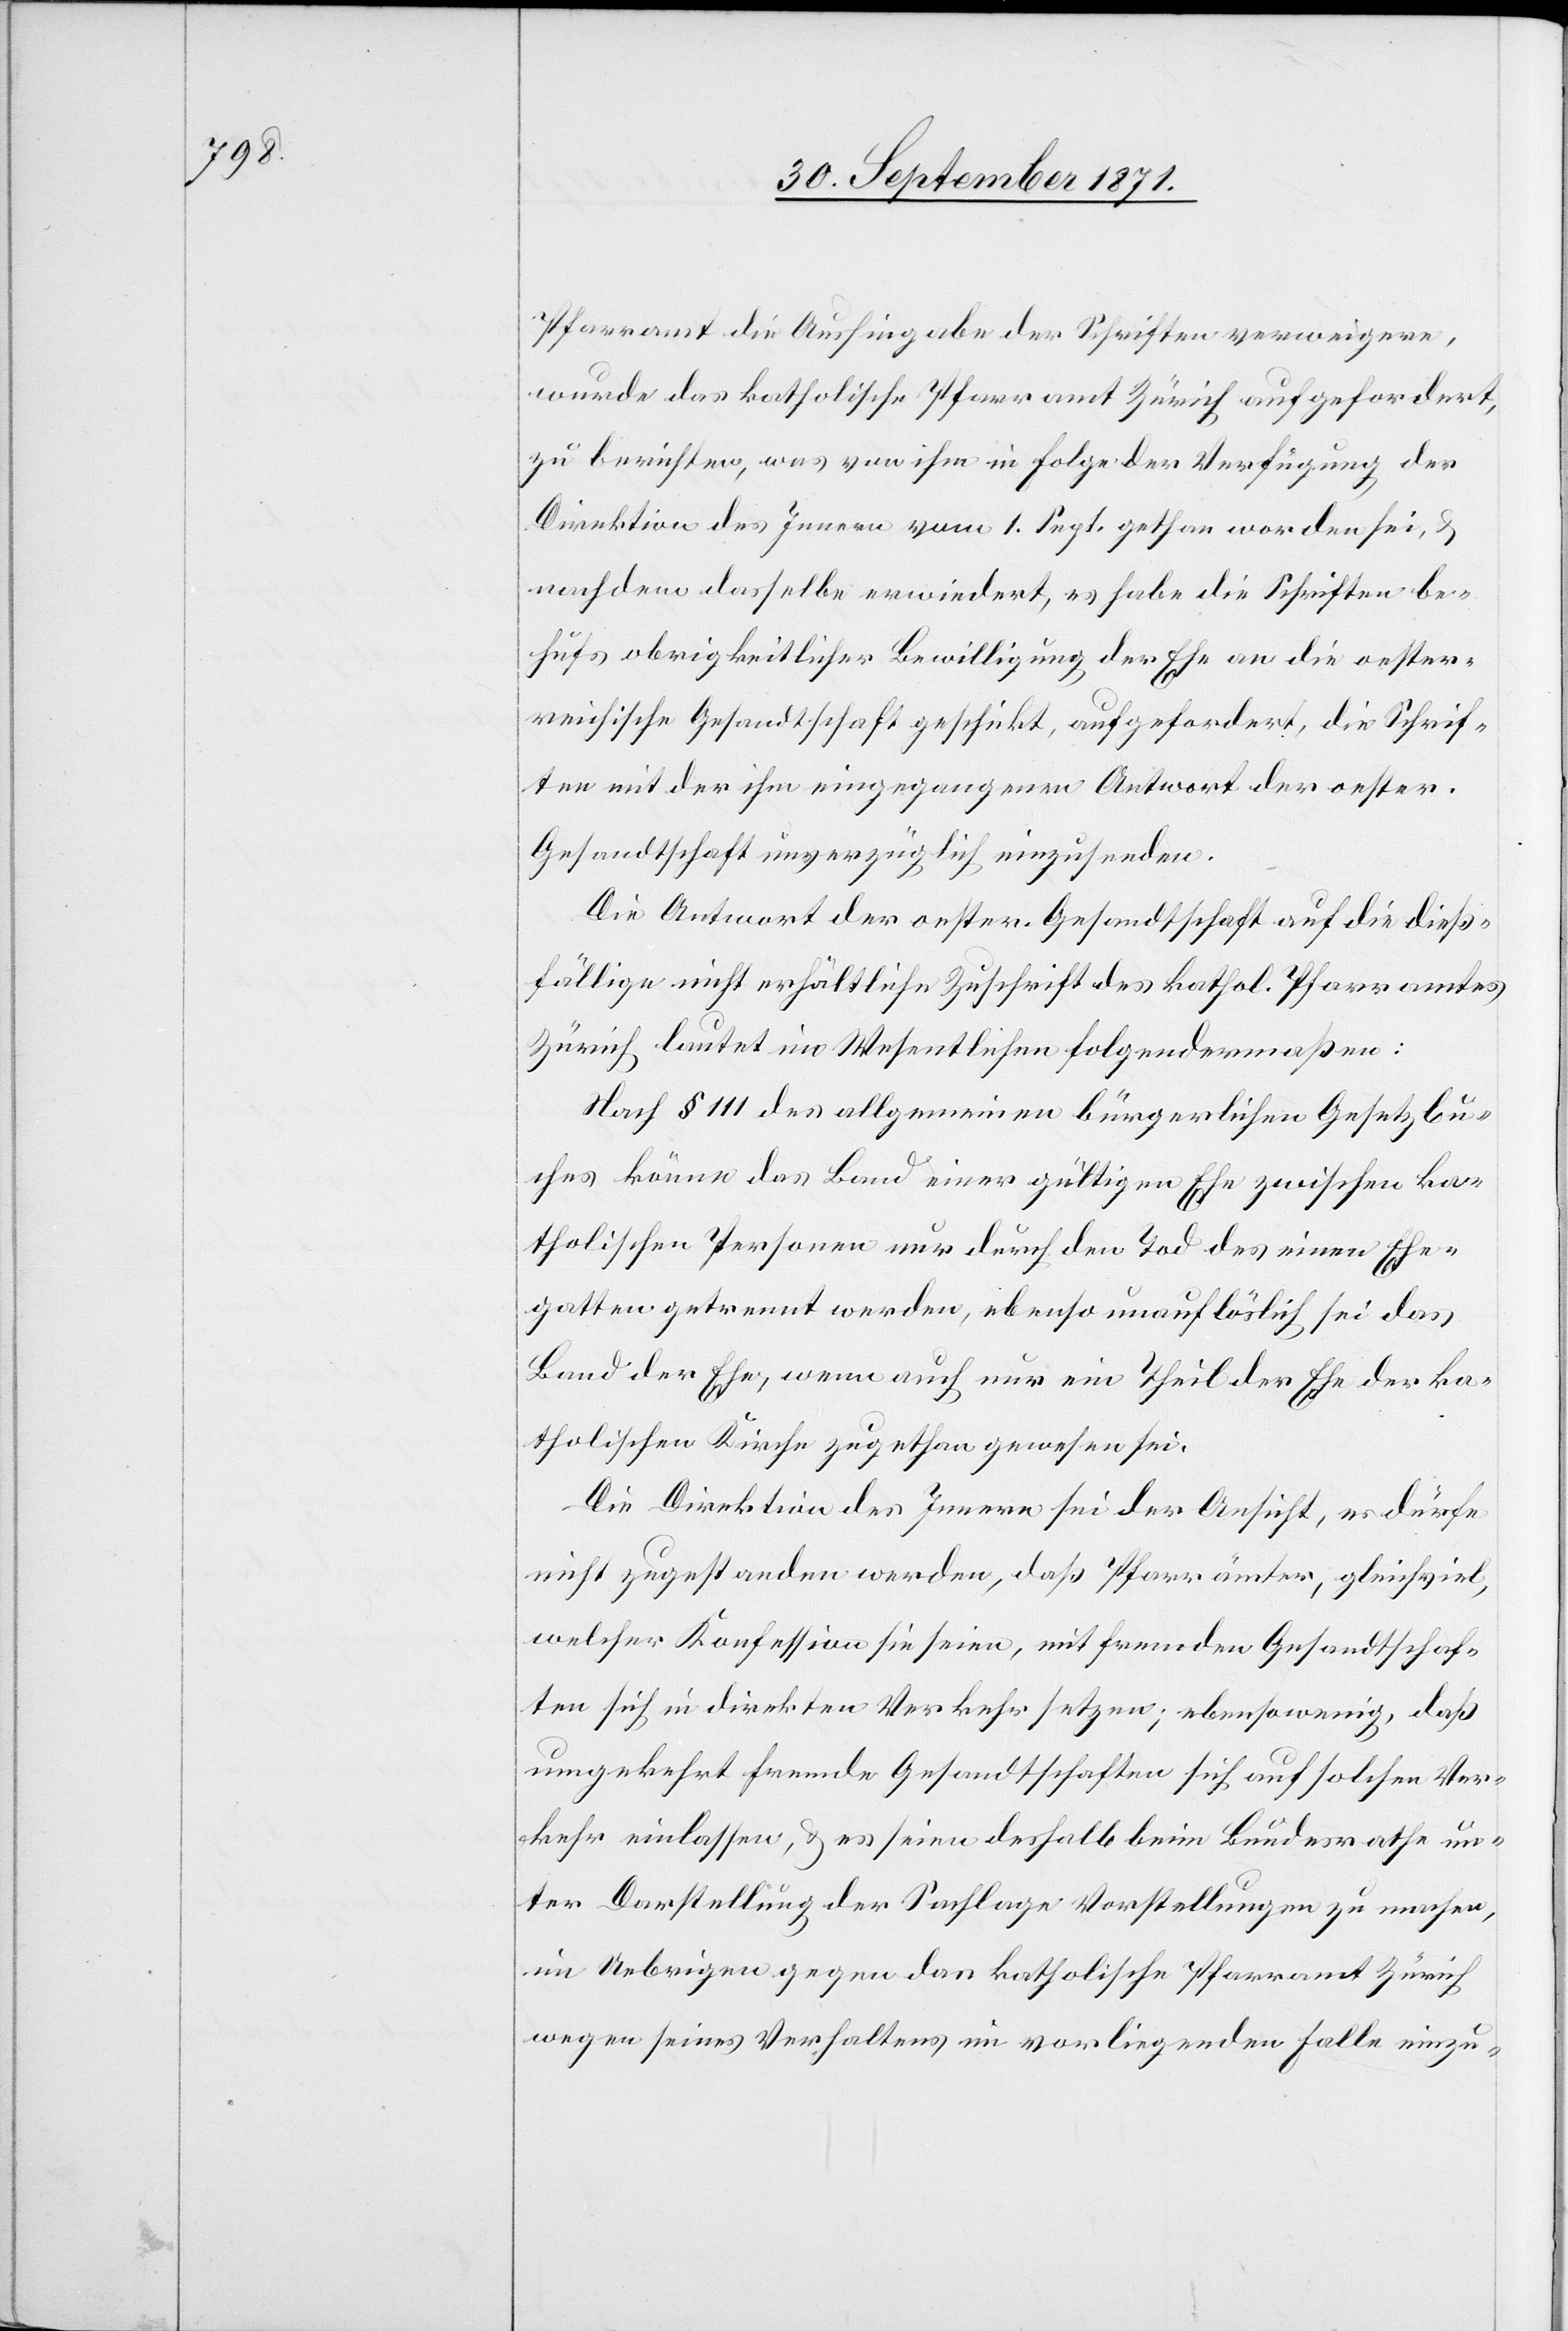
Pfarramt die Aushingabe der Schriften verweigere,
wurde das katholische Pfarramt Zürich aufgefordert,
zu berichten, was von ihm in Folge der Verfügung der
Direktion des Innern vom 1. Sept. gethan worden sei, &
nachdem dasselbe erwiedert, es habe die Schriften be¬
hufs obrigkeitlicher Bewilligung der Ehe an die oester¬
reichische Gesandtschaft geschickt, aufgefordert, die Schrif¬
ten mit der ihm eingegangenen Antwort der oesterr.
Gesandtschaft unverzüglich einzusenden.
Die Antwort der oester. Gesandtschaft auf die dieß¬
fällige nicht erhältliche Zuschrift des kathol. Pfarramtes
Zürich lautet im Wesentlichen folgendermaßen:
Nach § 111 des allgemeinen bürgerlichen Gesetzbu¬
ches könne das Band einer gültigen Ehe zwischen ka¬
tholischen Personen nur durch den Tod des einen Ehe¬
gatten getrennt werden, ebenso unauflöslich sei das
Band der Ehe, wenn auch nur ein Theil der Ehe der ka¬
tholischen Kirche zugethan gewesen sei.
Die Direktion des Innern sei der Ansicht, es dürfe
nicht zugestanden werden, daß Pfarrämter, gleichviel,
welcher Konfession sie seien, mit fremden Gesandtschaf¬
ten sich in direkten Verkehr setzen; ebenso wenig, daß
umgekehrt fremde Gesandtschaften sich auf solchen Ver¬
kehr einlassen, & es seien deshalb beim Bundesrathe un¬
ter Darstellung der Sachlage Vorstellungen zu machen,
im Uebrigen gegen das katholische Pfarramt Zürich
wegen seines Verhaltens im vorliegenden Falle einzu-